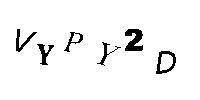
VYPY2D